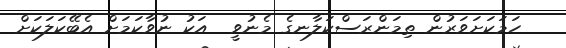
ހަމަކަށަވަރުން ތިމަންރަސްކަލާނގެ މެނުވީ  އަކު ނުވާކަމަށް އެބޭކަލަކަށް